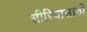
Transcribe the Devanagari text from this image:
सीरियासाठी